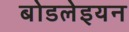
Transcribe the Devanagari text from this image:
बोडलेइयन